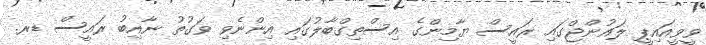
ވީވީއައިޕީ ލައުންޖްގައި ރައީސް ޔާމިންގެ އިސްތިގްބާލުގައި އިންނެވި ވަގުތު ނާއިބު ރައީސް ޑރ.